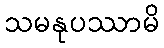
သမနုပဿာမိ